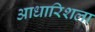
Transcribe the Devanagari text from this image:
आधारिशला